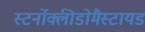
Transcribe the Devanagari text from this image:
स्टर्नोक्लीडोमैस्टायड